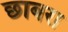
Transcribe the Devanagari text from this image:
छाबरा